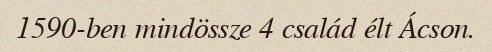
1590-ben mindössze 4 család élt Ácson.